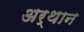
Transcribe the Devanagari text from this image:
अर्थान